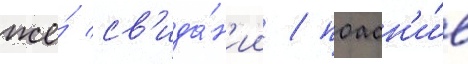
же́ св'ида́н'ии / поасн'и́в